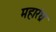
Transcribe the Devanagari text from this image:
महारंध्र